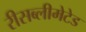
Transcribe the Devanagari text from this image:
रीसब्लीमेटेड